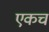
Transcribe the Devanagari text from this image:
एकचं